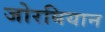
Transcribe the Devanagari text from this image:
जोरबियान